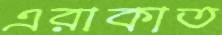
এরাকাত